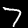
Digit: 7